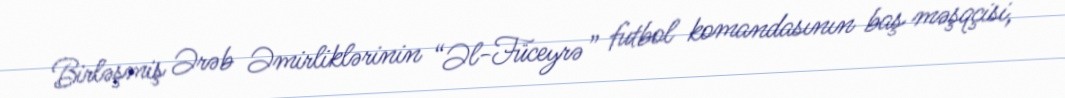
Birləşmiş Ərəb Əmirliklərinin “Əl-Füceyrə” futbol komandasının baş məşqçisi,